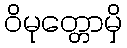
ဝိမုတ္တောမှိ